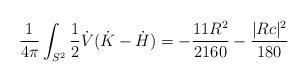
LaTeX: \begin{align*}\frac{1}{4\pi} \int_{S^2} \frac{1}{2}\dot V(\dot K - \dot H) = -\frac{11R^2}{2160} - \frac{|Rc|^2}{180}\end{align*}